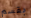
بقسم